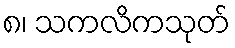
၈၊ သကလိကသုတ်